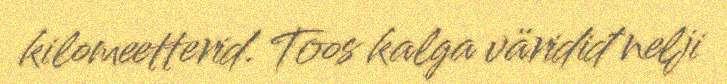
kilomeetterid. Toos kalga väridiđ nelji